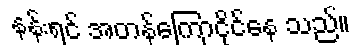
နန်းရင် အတန်ကြောငိုင်နေ သည်။